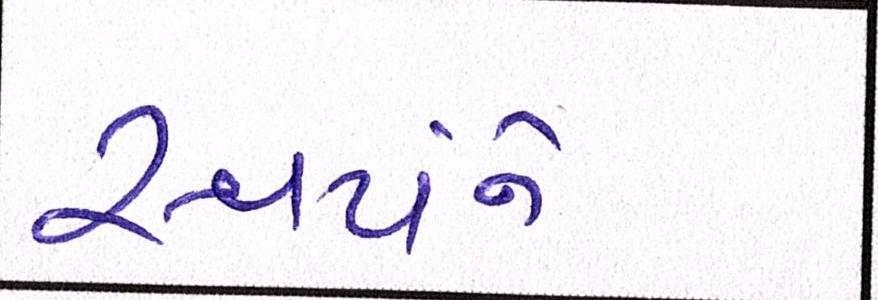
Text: સ્વયંને